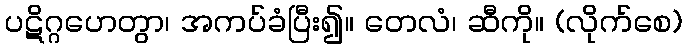
ပဋိဂ္ဂဟေတွာ၊ အကပ်ခံပြီး၍။ တေလံ၊ ဆီကို။ (လိုက်စေ)